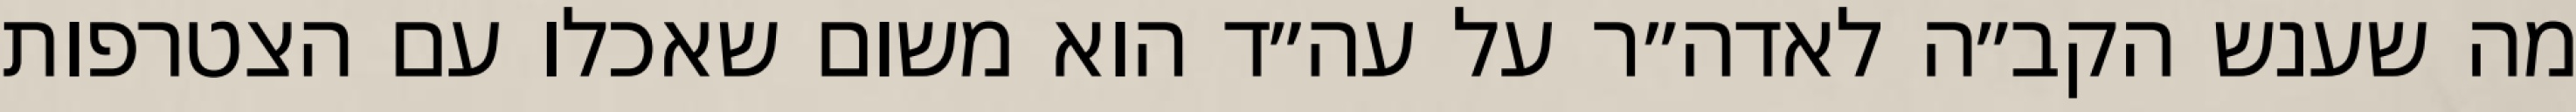
מה שענש הקב״ה לאדה״ר על עה״ד הוא משום שאכלו עם הצטרפות